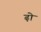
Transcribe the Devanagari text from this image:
ढ़ो